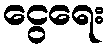
ငွေရေး